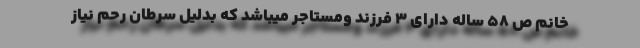
خانم ص 58 ساله دارای 3 فرزند ومستاجر میباشد که بدلیل سرطان رحم نیاز